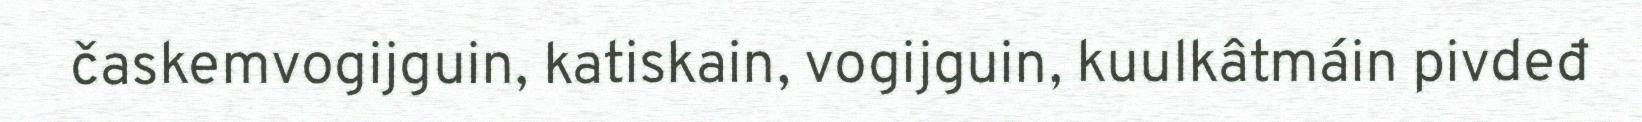
časkemvogijguin, katiskain, vogijguin, kuulkâtmáin pivdeđ